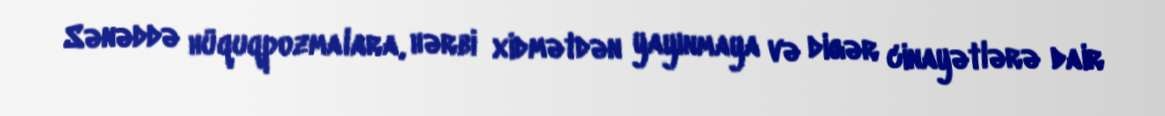
Sənəddə hüquqpozmalara, hərbi xidmətdən yayınmaya və digər cinayətlərə dair